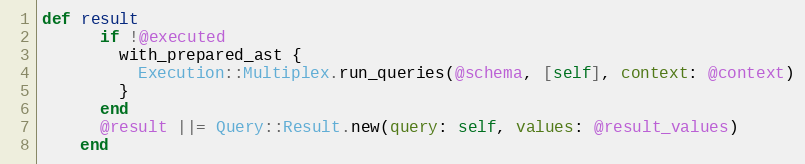
Language: Ruby
def result
      if !@executed
        with_prepared_ast {
          Execution::Multiplex.run_queries(@schema, [self], context: @context)
        }
      end
      @result ||= Query::Result.new(query: self, values: @result_values)
    end